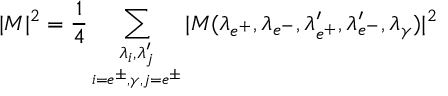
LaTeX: | { \cal M } | ^ { 2 } = \frac { 1 } { 4 } \sum _ { \underset { i = e ^ { \pm } , \gamma , j = e ^ { \pm } } { \lambda _ { i } , \lambda _ { j } ^ { \prime } } } | { \cal M } ( \lambda _ { e ^ { + } } , \lambda _ { e ^ { - } } , \lambda _ { e ^ { + } } ^ { \prime } , \lambda _ { e ^ { - } } ^ { \prime } , \lambda _ { \gamma } ) | ^ { 2 }